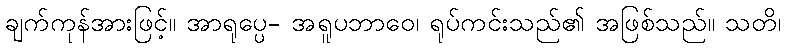
ချက်ကုန်အားဖြင့်။ အာရုပ္ပေ- အရူပဘာဝေ၊ ရုပ်ကင်းသည်၏ အဖြစ်သည်။ သတိ၊